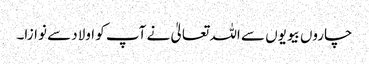
چاروں بیویوں سے اللہ تعالیٰ نے آپ کو اولاد سے نوازا۔